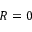
R = 0